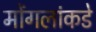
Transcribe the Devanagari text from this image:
मोंगलांकडे